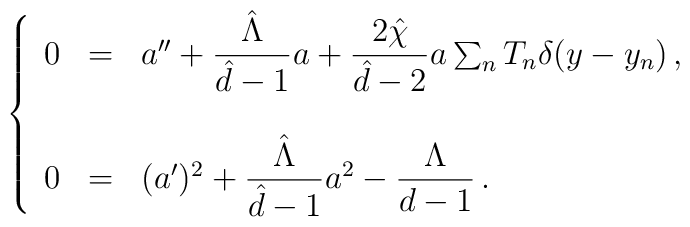
\left\{\begin{array}{rcl}0 &=& a^{\prime\prime}+{\displaystyle\frac{\hat{\Lambda}}{\hat{d}-1}}a+{\displaystyle\frac{2\hat{\chi}}{\hat{d}-2}}a\sum_{n} T_{n}\delta(y-y_{n})\, ,\\& & \\0 &=& (a^{\prime})^2+{\displaystyle\frac{\hat{\Lambda}}{\hat{d}-1}}a^2-{\displaystyle\frac{\Lambda}{d-1}}\, .\\\end{array}\right.